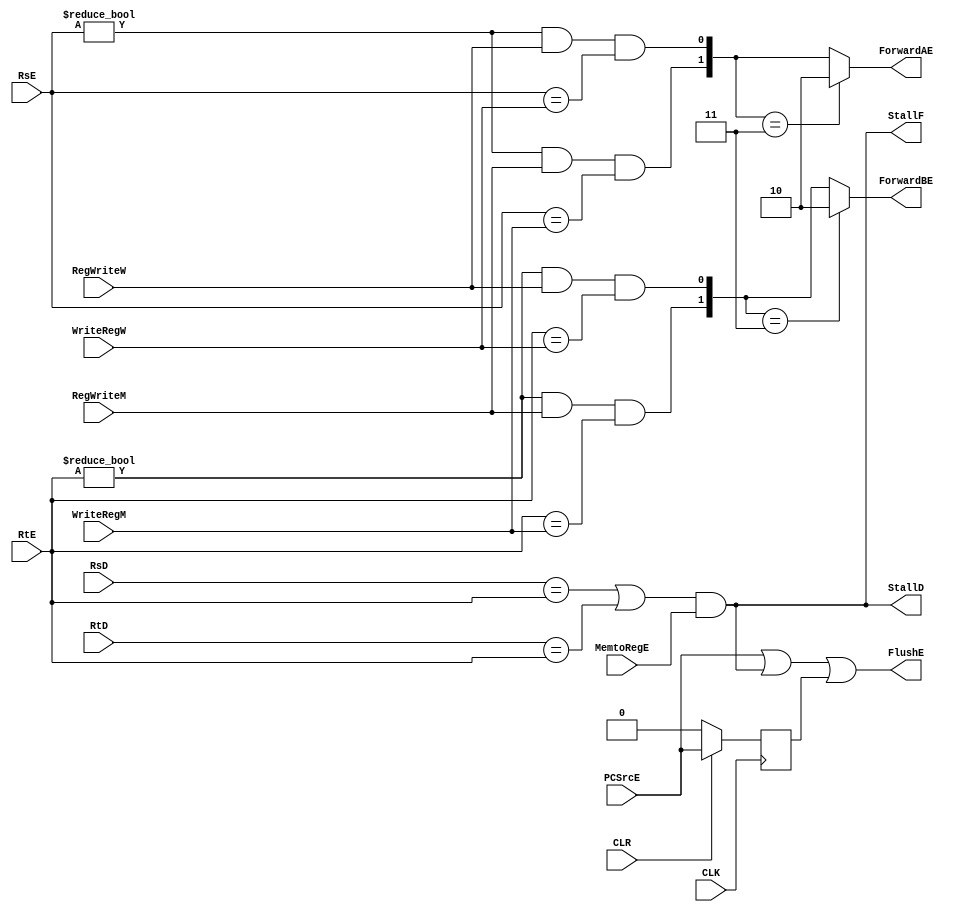
module Hazard_Unit(CLK,CLR,RsD,RtD,RsE,RtE,MemtoRegE,WriteRegM,RegWriteM,
                    RegWriteW,WriteRegW,PCSrcE,StallF,StallD,FlushE,ForwardAE,ForwardBE);
  input MemtoRegE,RegWriteM,RegWriteW,PCSrcE,CLK,CLR;
  input [4:0] RsD,RtD,RsE,RtE,WriteRegM,WriteRegW;
  output StallF,StallD,FlushE;
  output [1:0] ForwardAE,ForwardBE;
  
  wire A1_forwardMtoE,A2_forwardMtoE,A1_forwardWtoE,A2_forwardWtoE,lwstall;
  reg PCSrc_Reg;

  always@(posedge CLK)begin
    if( ~CLR )
      PCSrc_Reg <= 1'b0;
    else
      PCSrc_Reg <= PCSrcE;
  end
  
  assign A1_forwardMtoE = (RsE != 5'b0) & RegWriteM & (RsE == WriteRegM);
  assign A2_forwardMtoE = (RtE != 5'b0) & RegWriteM & (RtE == WriteRegM);
  
  assign A1_forwardWtoE = (RsE != 5'b0) & RegWriteW & (RsE == WriteRegW);
  assign A2_forwardWtoE = (RtE != 5'b0) & RegWriteW & (RtE == WriteRegW);
  
  assign ForwardAE = ({A1_forwardMtoE,A1_forwardWtoE} == 2'b11)? 2'b10:{A1_forwardMtoE,A1_forwardWtoE};
  assign ForwardBE = ({A2_forwardMtoE,A2_forwardWtoE} == 2'b11)? 2'b10:{A2_forwardMtoE,A2_forwardWtoE};
  
  assign lwstall = ((RsD == RtE) | (RtD == RtE)) & MemtoRegE;
  assign StallF = lwstall;
  assign StallD = lwstall;
  assign FlushE = PCSrcE | lwstall | PCSrc_Reg;
endmodule